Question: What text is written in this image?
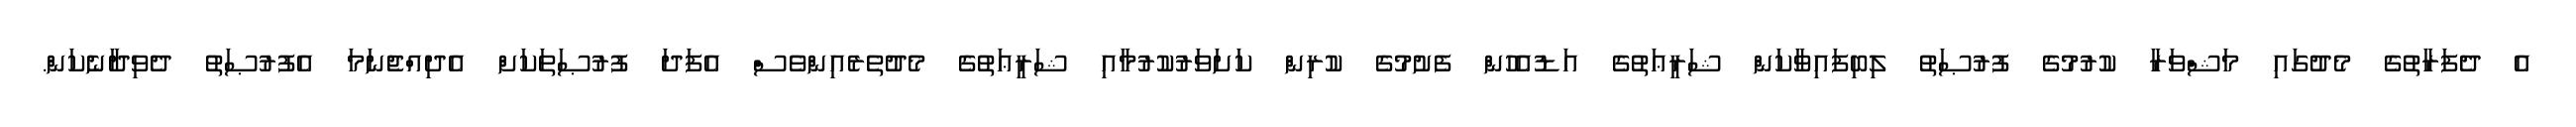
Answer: އެ ދެފަރާތުގެ މެދުގައި މަޝްވަރާ ކުރުމުގެ ފުރުޞަތު ލިބިފައިވާކަން ޝަރީޢަތުގެ އަޑުއެހުން ފެށުމުގެ ކުރިން ކަށަވަރުކުރުމާއި ޝަރީޢަތުގެ މެދުތެރެއިންވެސް އެފަދަ ފުރުޞަތަކަށް އެދިއްޖެނަމަ އެފުރުޞަތު ދެވިދާނެކަން.